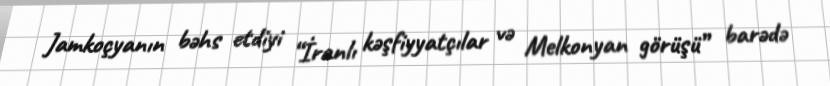
Jamkoçyanın bəhs etdiyi “İranlı kəşfiyyatçılar və Melkonyan görüşü” barədə